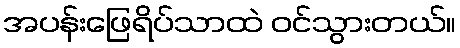
အပန်းဖြေရိပ်သာထဲ ဝင်သွားတယ်။